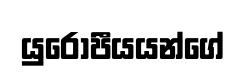
යුරෝපීයයන්ගේ